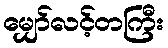
မျှော်လင့်တကြီး